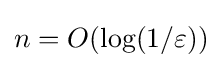
n=O(\log(1/\varepsilon ))